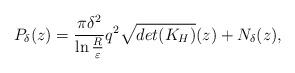
LaTeX: \begin{align*}P_\delta(z)=\frac{\pi\delta^2}{\ln\frac{R}{\varepsilon}}q^2\sqrt{det(K_H)}(z)+N_\delta(z),\end{align*}